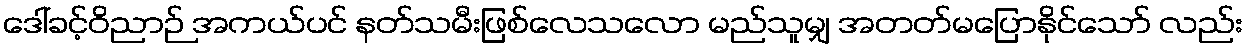
ဒေါ်ခင့်ဝိညာဉ် အကယ်ပင် နတ်သမီးဖြစ်လေသလော မည်သူမျှ အတတ်မပြောနိုင်သော် လည်း